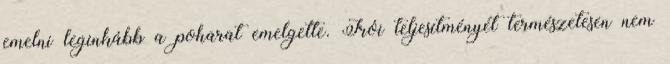
emelni leginkább a poharat emelgette. Írói teljesítményét természetesen nem